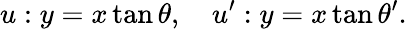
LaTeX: u:y=x\tan\theta,\quad u^{\prime}:y=x\tan\theta^{\prime}.